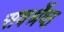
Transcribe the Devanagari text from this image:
सवर्श्रेष्ठ